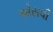
એસવી